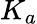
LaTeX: K_{a}